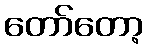
တော်တော့